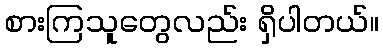
စားကြသူတွေလည်း ရှိပါတယ်။